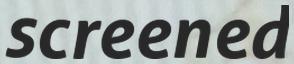
screened